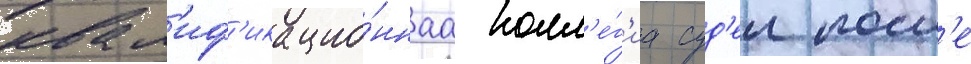
квал'иф'икацио́ннаа колл'е́г'иа суд'еи посл'е